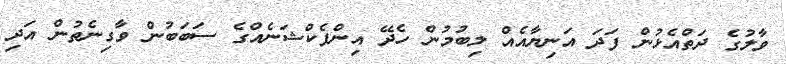
ވާލުގެ ދަތްއެޅުން ފަދަ އަނިޔާއެއް ލިބުމުން ހެދޭ އިންފެކްޝަނެއްގެ ސަބަބުން ވާގިނެތުން އަދި